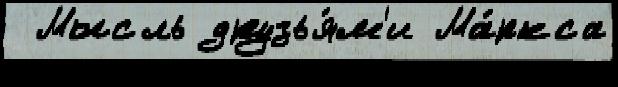
 Мысль друзья́м'и Ма́ркса